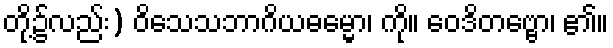
တို့၌လည်း) ဝိသေသဘာဂိယဓမ္မော၊ ကို။ ဝေဒိတဗ္ဗော၊ ၏။